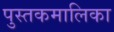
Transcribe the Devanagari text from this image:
पुस्तकमालिका